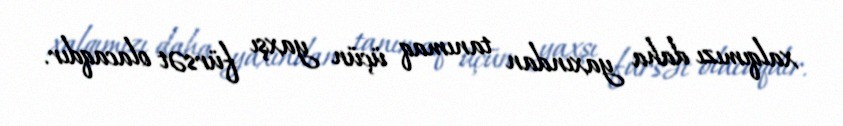
xalqımızı daha yaxından tanımaq üçün yaxşı fürsət olacaqdır.